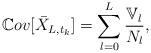
LaTeX: \begin{align*}\mathbb{C}ov[\bar{X}_{L,t_{k}}]=\sum^{L}_{l=0}\frac{\mathbb{V}_{l}}{N_{l}},\end{align*}